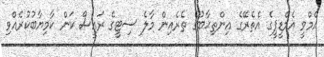
އެމްވީ އެމްޑީޕީގެ އެތެރޭގެ އިންތިޙާބުގެ ތެރެއިން މާލެ ސިޓީގެ ރައީސް ކަން ކާމިޔާބުކުރެއްވި